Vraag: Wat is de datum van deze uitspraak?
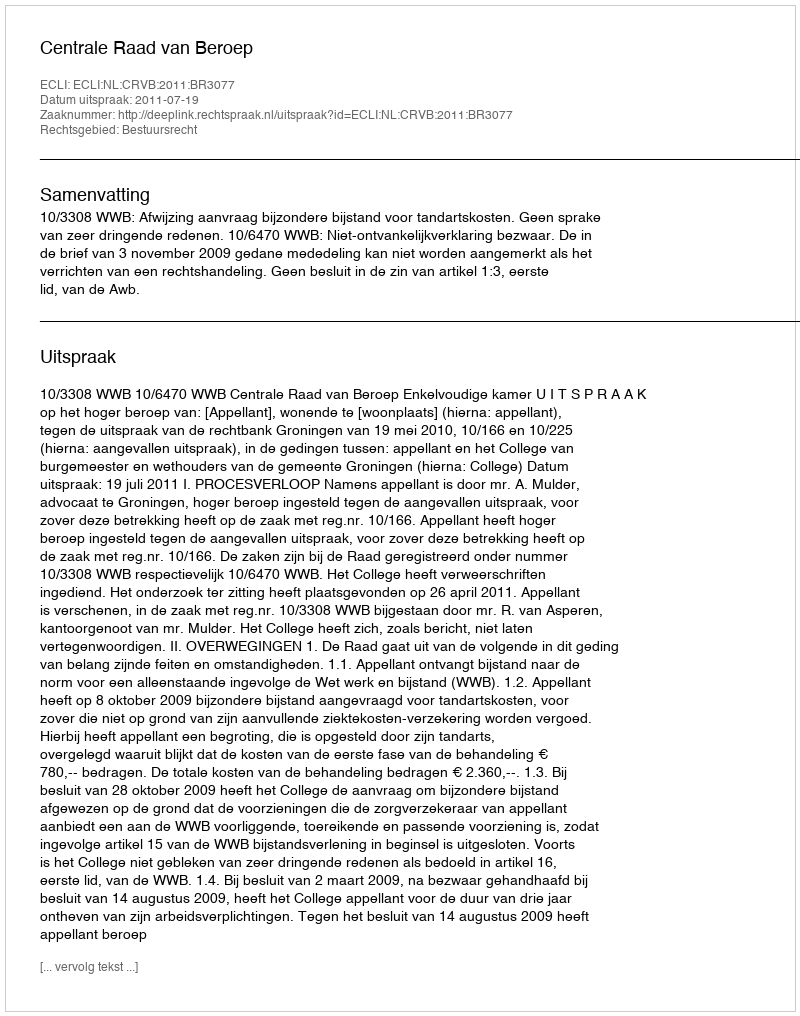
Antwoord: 2011-07-19